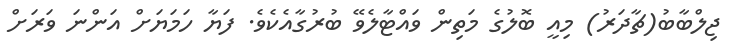
ޖިލްބާބު(ޗާދަރު) މިއީ ބޮލުގެ މަތިން ވައްޓާލެވޭ ބުރުގާއެކެވެ. ފަޔާ ހަމަޔަށް އަންނަ ވަރަށް